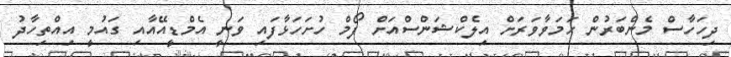
ދިހަހާސް މެންބަރުން ހަމަވާވަރަށް އިލެކްޝަންސްއަށް ފޯމް ހުށަހަޅާފައި ވަނީ އެމްޑީއޭއާއި ގައުމީ އިއްތިހާދު